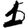
Digit: 1